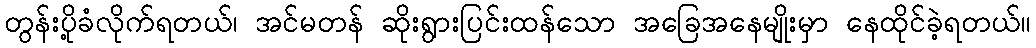
တွန်းပို့ခံလိုက်ရတယ်၊ အင်မတန် ဆိုးရွားပြင်းထန်သော အခြေအနေမျိုးမှာ နေထိုင်ခဲ့ရတယ်။